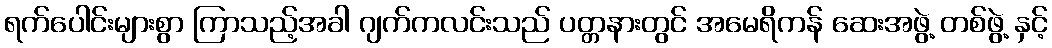
ရက်ပေါင်းများစွာ ကြာသည့်အခါ ဂျက်ကလင်းသည် ပတ္တနားတွင် အမေရိကန် ဆေးအဖွဲ့ တစ်ဖွဲ့ နှင့်